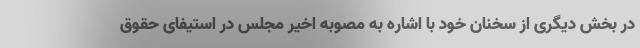
در بخش دیگری از سخنان خود با اشاره به مصوبه اخیر مجلس در استیفای حقوق